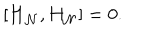
\left[ { \bf H } _ { \cal N } , H _ { \cal N } \right] = 0 .